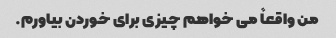
من واقعاً می خواهم چیزی برای خوردن بیاورم.